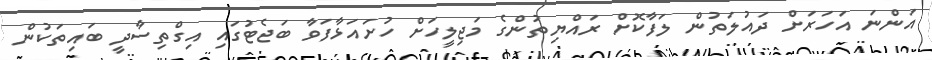
އަންނަ އަހަރަށް ދައުލަތުން ލަފާކޮށް ރައްޔިތުންގެ މަޖިލީހަށް ހުށައަޅާފަވާ ބަޖެޓުގައި އިގްތިސާދީ ބައިތަކުން